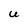
Character: U